Annual report on the working of the mental hospitals in the Madras Presidency - 1912-1932
Year: 1912
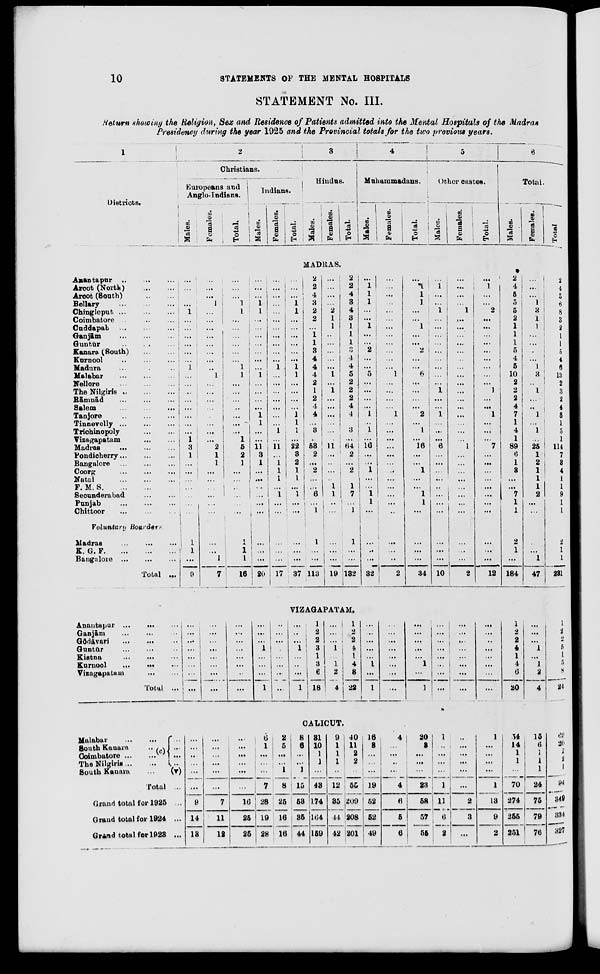
10
STATEMENTS OF THE MENTAL HOSPITALS
STATEMENT No. III.
Return showing the Religion, Sex and Residence of Patients admitted into the Mental Hospitals of the Madras
Presidency during the year 1925 and the Provincial totals for the two previous years.
1
Districts.
2
Christians.
Europeans and
Anglo-Indians.
Males.
Females.
Total.
Indians.
Males.
Females.
Total.
3
Hindus.
Males.
Females.
Total.
4
Muhammadans.
Males.
Females.
Total.
5
Other castes.
Males.
Females.
Total.
6
Total.
Males.
Females.
Total.
MADRAS.
Anantapur
...
...
...
Arcot (North)
...
...
Arcot (South) ... ...
Bellary
...
...
...
Chingleput
...
...
...
Coimbatore
...
...
...
Cuddapab
...
...
...
Ganjām
...
...
...
Guntūr
...
...
...
Kanara (South)
...
...
Kurnool
...
...
...
Madura ... ... ...
Malabar
...
...
...
Nellore
...
...
...
The Nilgiris
...
...
...
Rāmnād ... ... ...
Salem ... ... ...
Tanjore ... ... ...
Tinnevelly
...
...
...
Trichinopoly
...
...
Vizagapatam
...
...
Madras
...
...
...
Pondicherry ... ... ...
Bangalore
...
...
...
Coorg
...
...
...
Natal ... ... ...
F. M.
S.
...
...
...
Secunderabad
...
...
Punjab
...
...
...
Chittoor
...
...
...
Voluntary
Boarders.
Madras
...
...
...
K. G.
F.
...
...
...
Bangalore ... ... ...
Total ...
...
...
...
...
1
...
...
...
...
...
...
1
...
...
...
...
...
...
...
...
1
3
1
...
...
...
...
...
...
...
1
1
...
9
...
...
...
1
...
...
...
...
...
...
...
...
1 ...
...
...
...
...
...
...
...
2
1
1
...
...
...
...
...
...
...
...
1
7
...
...
...
1
1
...
...
...
...
...
... 1
1
...
...
...
...
...
...
...
1
5
2
1
...
...
...
...
...
...
1
1
1
16
...
...
...
1
1
...
...
...
...
...
...
...
1
...
...
...
...
1
1
...
...
11
3
1
...
...
..
...
...
...
...
...
...
20
...
...
...
...
...
...
...
...
...
...
...
1
...
...
...
...
...
...
...
1
...
11
...
1
1
1
...
1
...
...
...
...
...
17
...
...
...
1
1
...
...
...
...
...
...
1
1
...
...
...
...
1
1
1
...
22
3
2
1
1
...
1
...
...
...
...
...
37
2
2
4
3
2
2
...
1
1
3
4
4
4
2
1
2
4
4
...
3
...
53
2
...
2
...
...
6
...
1
1
...
...
113
...
...
...
...
2
1
1
...
...
...
...
...
1
...
1
...
...
...
...
...
...
11
...
...
...
...
1
1
...
...
...
...
...
19
2
2
4
3
4
3
1
1
1
3
4
4
5
2
2
2
4
4
...
3
...
64
2
...
2
...
1
7
...
1
1
...
...
132
...
1
1
1
...
...
1
...
...
2
...
...
5
...
...
...
...
1
...
1
...
16
...
...
1
...
...
1
1
...
...
...
...
32
...
...
...
...
...
...
...
...
...
...
...
...
1
...
...
...
...
1
...
...
...
...
...
...
..
...
...
...
...
...
...
...
...
2
...
1
1
1
...
...
1
...
...
2
...
...
6
...
...
...
...
2
... 1
...
16
...
...
1
...
...
1
1
...
...
...
...
34
...
1
...
...
1
...
...
...
...
...
...
...
...
...
1
...
...
1
...
...
...
6
...
...
...
...
...
...
...
...
...
...
...
10
...
...
...
...
1
...
...
...
...
...
...
...
...
...
...
...
...
...
...
...
...
1
...
...
...
...
...
...
...
...
...
...
...
2
...
1
...
...
2
...
...
...
...
...
...
...
...
...
1
...
...
1
...
...
...
7
...
...
...
...
...
...
...
...
...
...
...
12
2
4
5
5
5
2
1
1
1
5
4
5
10
2
2
2
4
7
1
4
1
89
6
1
3
...
...
7
1
1
2
1
...
184
...
...
...
1
3
1
1
...
...
...
...
1
3
... 1
...
...
1
...
1
...
25
1
2
1
1
1
2
...
...
...
...
1
47
2
4
5
6
8
3
2
1
1
5
4
6
13
2
3
2
4
8
1
5
1
114
7
3
4
1
1
9
1
1
2
1
1
231
VIZAGAPATAM.
Anantapur ... ... ...
Ganjām
...
...
...
Gōdāvari ... ... ...
Guntūr ... ... ...
Kistna
...
...
...
Kurnool
...
...
...
Vizagapatam ... ...
Total ...
...
...
...
... ...
...
...
...
...
...
...
...
...
...
...
...
...
...
...
...
...
...
...
...
...
...
...
1
...
...
...
1
...
...
...
...
...
...
...
...
...
..
...
1
...
...
...
1
1
2
2
3
1
3
6
18
...
...
...
1
...
1
2
4
1
2
2
4
1
4
8
22
...
..
...
...
...
1
...
1
...
...
...
...
...
...
...
...
...
...
...
...
...
1
...
1
...
...
...
...
...
...
...
...
...
...
...
...
...
...
...
...
...
...
...
...
...
...
...
...
1
2
2
4
1
4
6
20
...
...
...
1
...
1
2
4
1
2
2
5
1
5
8
24
CALICUT.
Malabar
...
...
South Kanara ...
Coimbatore ... ...
The Nilgiris ... ...
South Kanara ...
(c)
...
...
...
...
(V)
Total ...
Grand total for 1925 ...
Grand total for 1924 ...
Grand total for 1923 ...
...
...
..
...
...
...
9
14
13
...
...
...
...
...
...
7
11
12
...
...
...
...
...
...
16
25
25
6
1
...
...
...
7
28
19
28
2 5
...
...
1
8
25
16
16
8
6
...
...
1
15
53
35
44
31
10
1
1
...
43
174
164
159
9
1
1
1
...
12
35
44
42
40
11
2
2
...
55
209
208
201
16
3
...
...
...
19
52
52
49
4
...
...
...
...
4
6
5
6
20
3
...
...
...
23
58
57
55
1
...
...
...
...
1
11
6
2
...
...
...
...
...
...
2
3
...
1
...
...
...
...
1
13
9
2
54
14
1
1
...
70
274
255
251
15
6
1
1
1
24
75
79
76
69
20
2
2
1
94
349
334
327